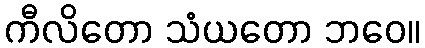
ကီလိတော သံယတော ဘဝေ။